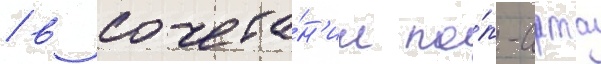
/ в сочета́н'ии по́п-арта